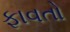
ફાવતો